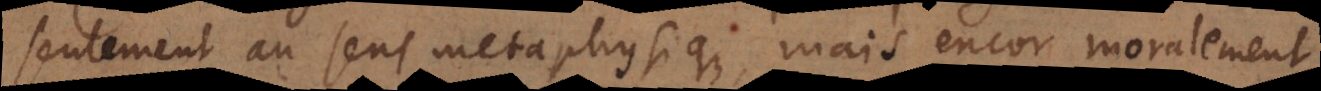
seulement au sens metaphysique, mais encor moralement